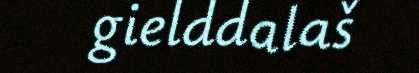
gielddalaš